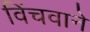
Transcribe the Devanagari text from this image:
विंचवाने